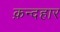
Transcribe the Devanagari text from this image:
क़न्दहार